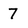
Character: 7